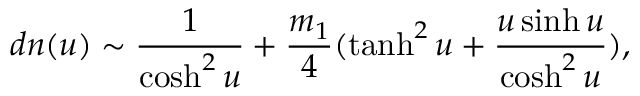
d n ( u ) \sim \frac { 1 } { \cosh ^ { 2 } u } + \frac { m _ { 1 } } { 4 } ( \operatorname { t a n h } ^ { 2 } u + \frac { u \sinh u } { \cosh ^ { 2 } u } ) ,